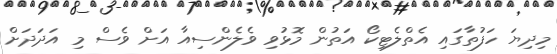
މިދިޔަ ހަފުތާގައި އެތްލެޓިކޯ އަތުން މޮޅުވި ވެލެންސިއާ އަށް ވެސް މި އަދަދަށް